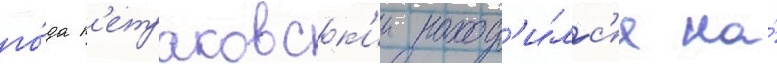
го́да п'етраковск'ии наход'и́лс'я на́